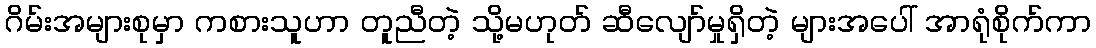
ဂိမ်းအများစုမှာ ကစားသူဟာ တူညီတဲ့ သို့မဟုတ် ဆီလျော်မှုရှိတဲ့ များအပေါ် အာရုံစိုက်ကာ